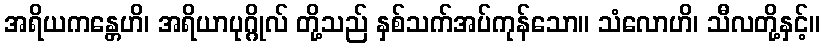
အရိယကန္တေဟိ၊ အရိယာပုဂ္ဂိုလ် တို့သည် နှစ်သက်အပ်ကုန်သော။ သံလောဟိ၊ သီလတို့နှင့်။